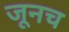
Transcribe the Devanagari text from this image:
जूनच